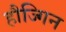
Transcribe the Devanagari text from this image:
हौज्गिन